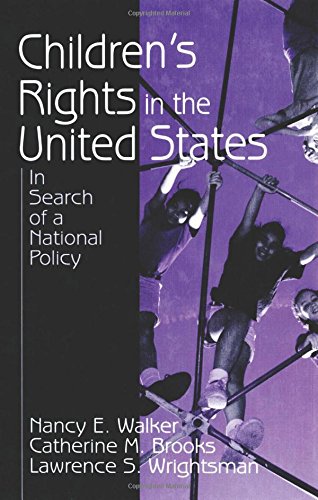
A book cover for Children's Rights in the United States: In Search of a National Policy; Nancy E. Walker; Law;